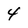
Character: 4